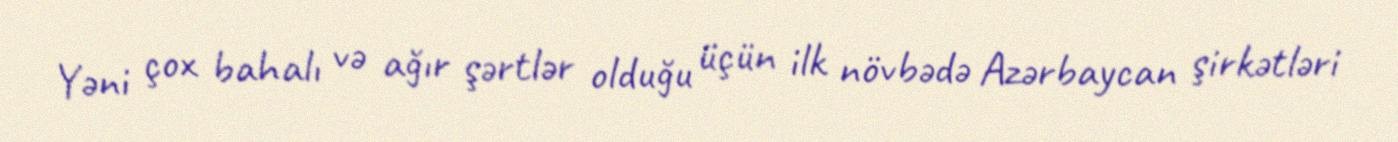
Yəni çox bahalı və ağır şərtlər olduğu üçün ilk növbədə Azərbaycan şirkətləri